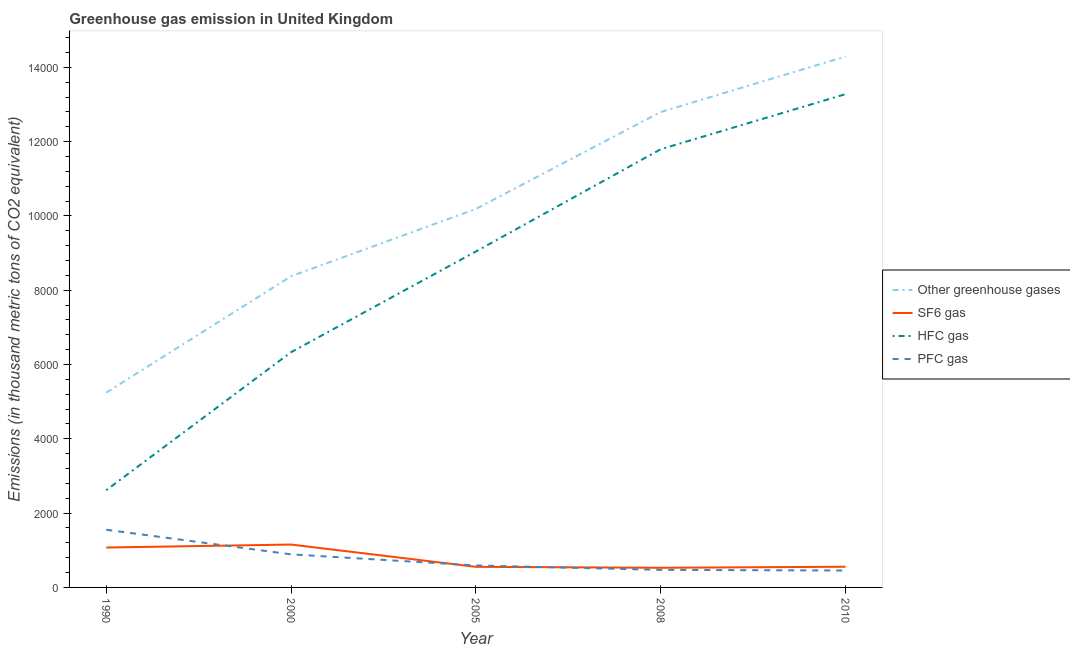
| Year | Other greenhouse gases | SF6 gas | HFC gas | PFC gas |
 | --- | --- | --- | --- | --- |
 | 1990 | 5.24e+03 | 1.07e+03 | 2.62e+03 | 1.55e+03 |
 | 2000 | 8.38e+03 | 1.15e+03 | 6.33e+03 | 890 |
 | 2005 | 1.02e+04 | 554 | 9.04e+03 | 591 |
 | 2008 | 1.28e+04 | 529 | 1.18e+04 | 472 |
 | 2010 | 1.43e+04 | 557 | 1.33e+04 | 455 |